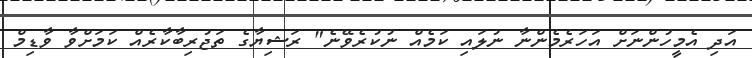
އަދި އެމީހުންނަށް އަހަރެމެންނާ ނުލައި ކަމެއް ނުކުރެވޭނެ" ރަޝިޔާގެ ތަޖުރިބާކާރެއް ކަމަށްވާ ވާޑިމް